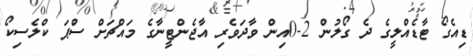
ޑިއެގޯ ޓާޑެއްލީގެ ދެ ގޯލުން 2-0އިން ވާދަވެރި އާޖެންޓީނާގެ މައްޗަށް ސްުޕަ ކްލެސިކޯ